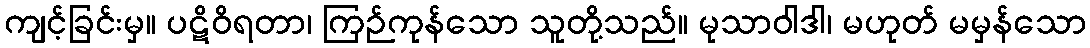
ကျင့်ခြင်းမှ။ ပဋိဝိရတာ၊ ကြဉ်ကုန်သော သူတို့သည်။ မုသာဝါဒါ၊ မဟုတ် မမှန်သော